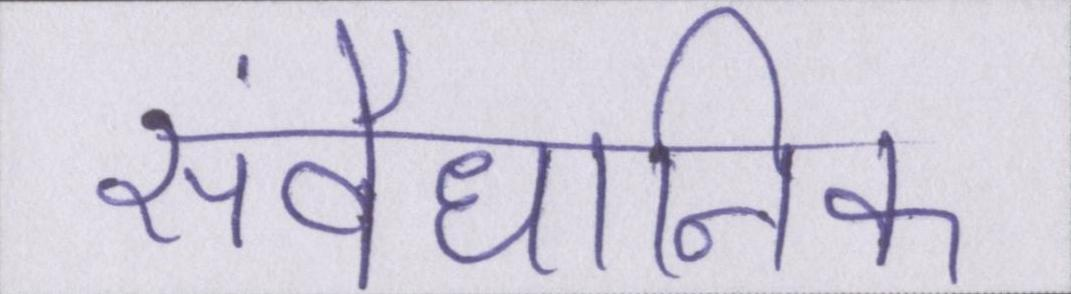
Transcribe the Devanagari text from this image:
संवैधानिक